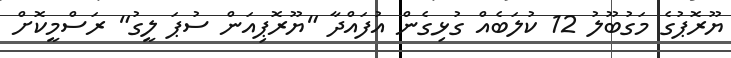
ޔޫރޮޕުގެ މަގުބޫލު 12 ކުލަބެއް ގުޅިގެން އުފައްދާ "ޔޫރޮޕިއަން ސުޕަ ލީގު" ރަސްމީކޮށް